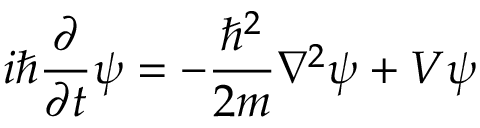
i \hbar { \frac { \partial } { \partial t } } \psi = - { \frac { \hbar ^ { 2 } } { 2 m } } \nabla ^ { 2 } \psi + V \psi